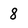
Character: 8